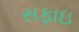
સફાઇ